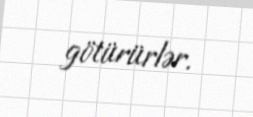
götürürlər.